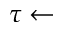
\tau \gets